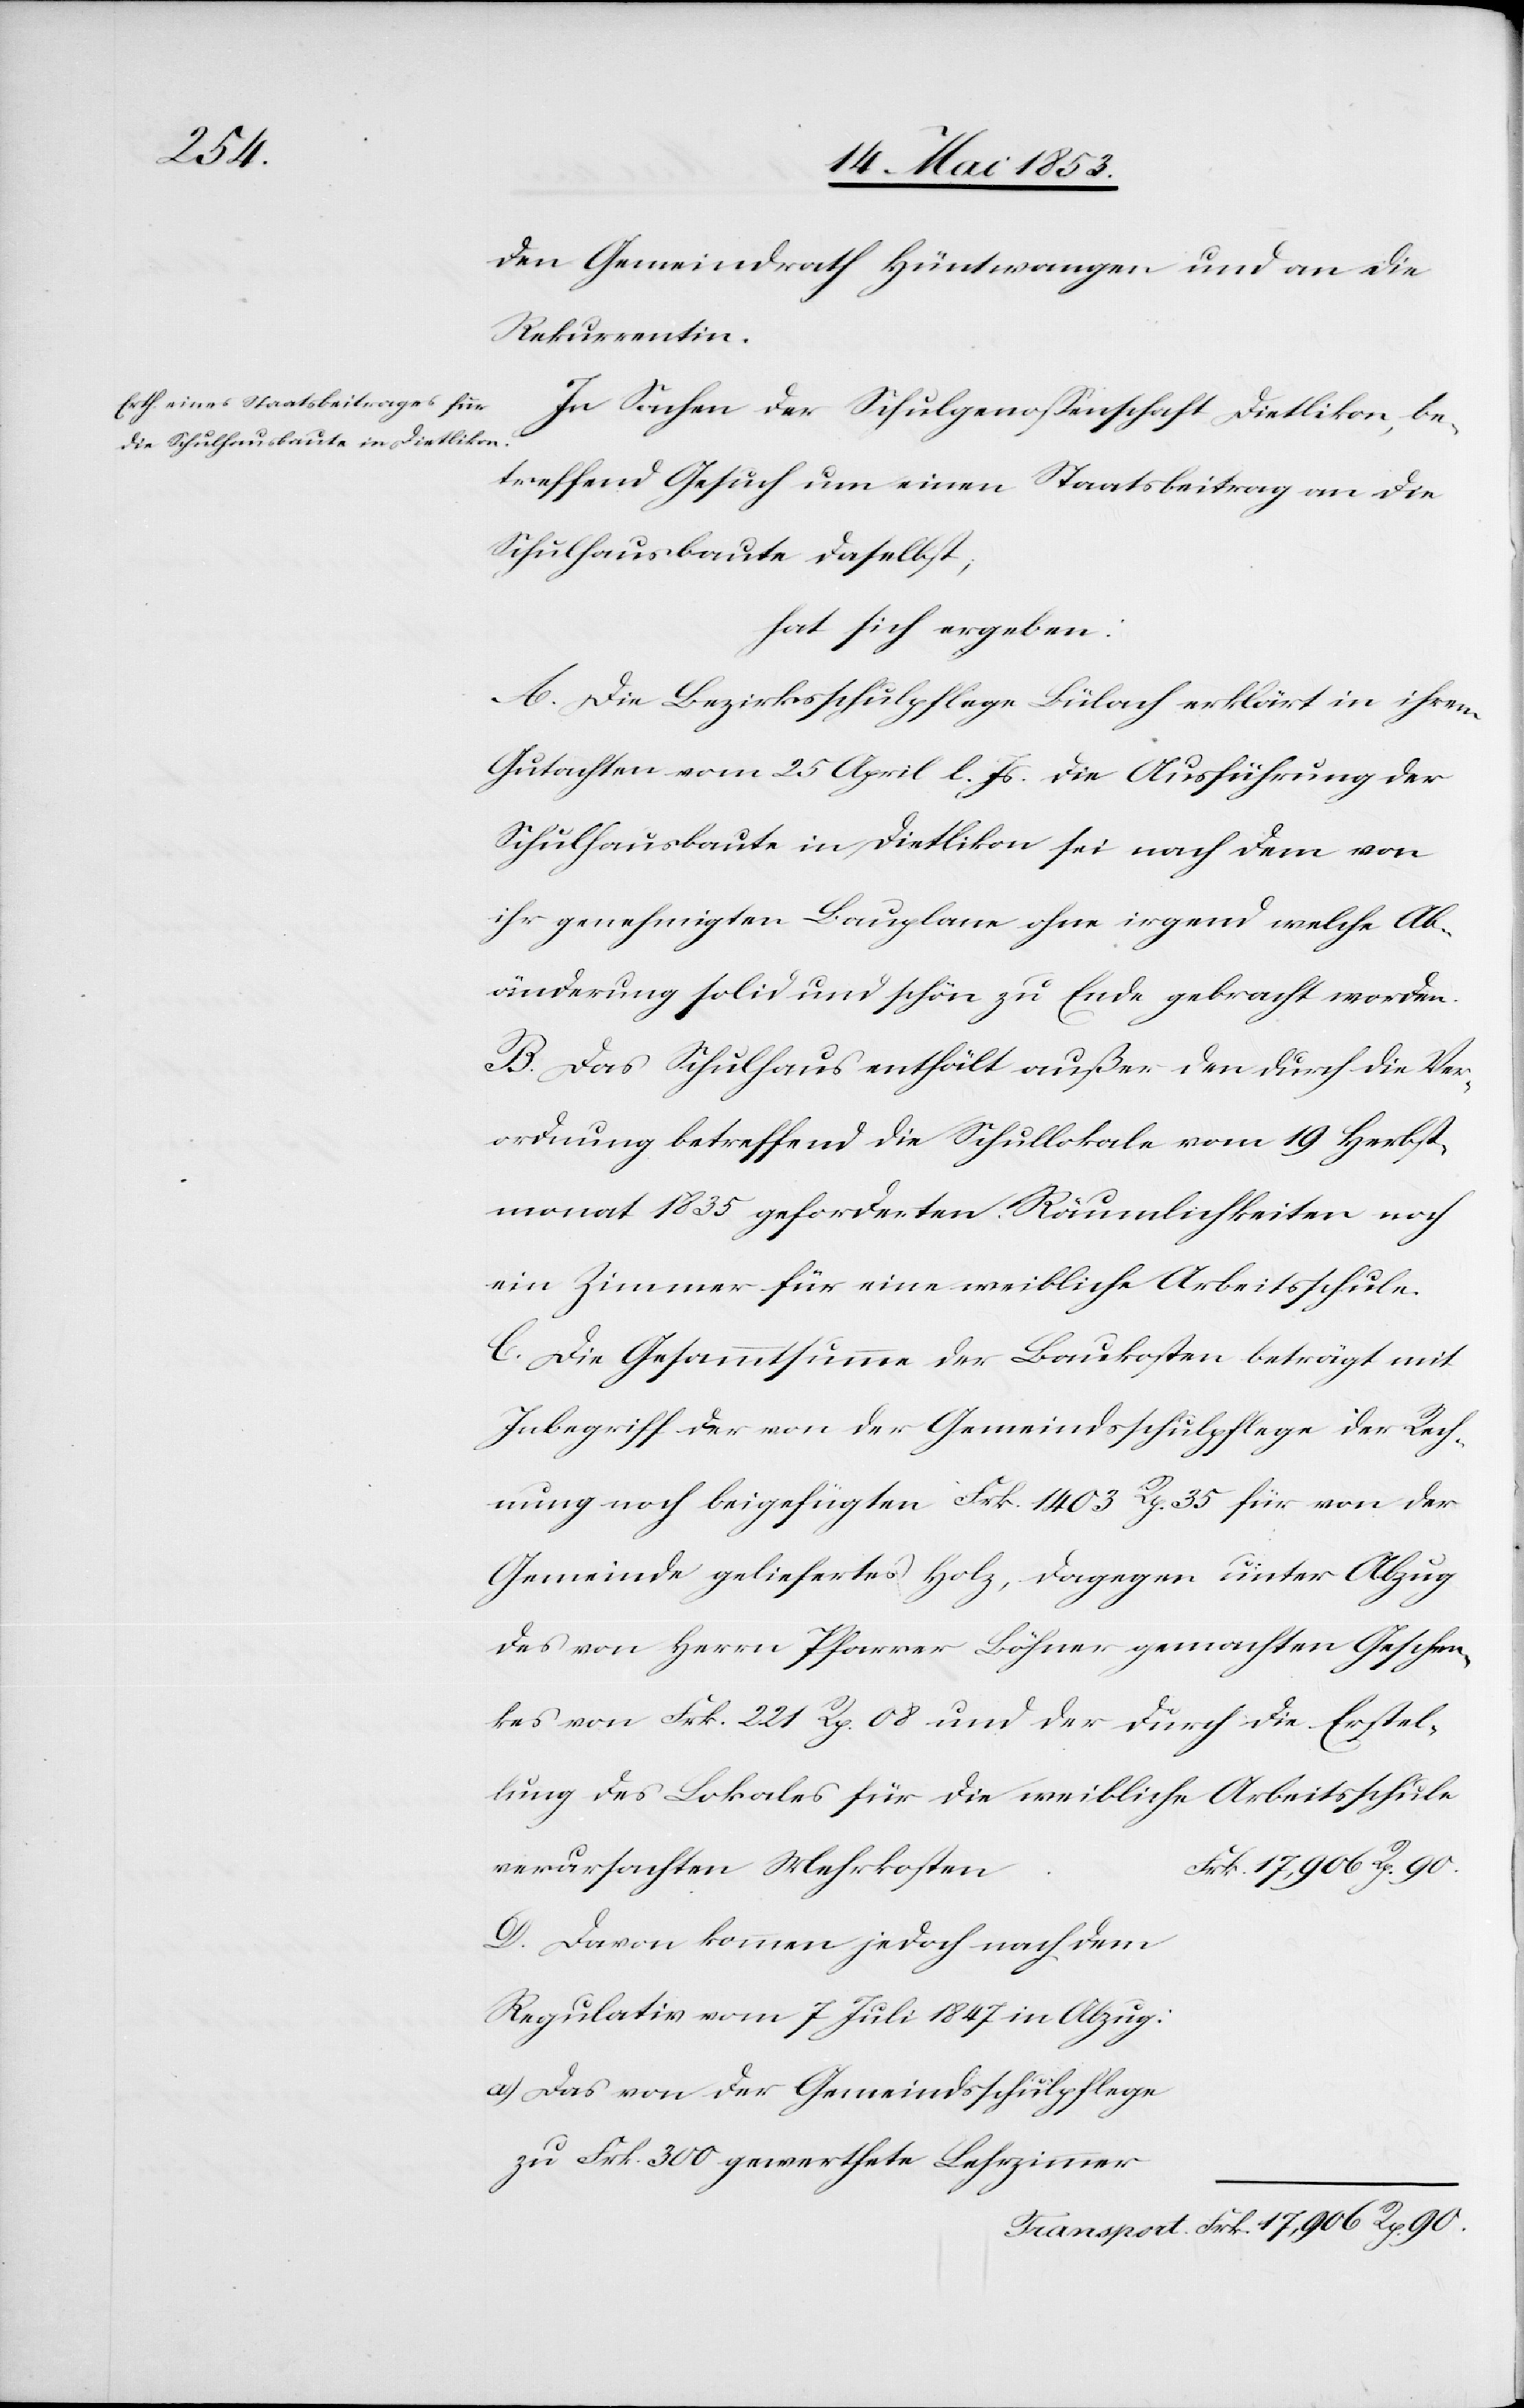
den Gemeindrath Hüntwangen und an die
Rekurrentin.
In Sachen der Schulgenoßenschaft Dietlikon, be¬
treffend Gesuch um einen Staatsbeitrag an die
Schulhausbaute daselbst;
hat sich ergeben:
A. Die Bezirksschulpflege Bülach erklärt in ihrem
Gutachten vom 25 April l. Js. die Ausführung der
Schulhausbaute in Dietlikon sei nach dem von
ihr genehmigten Bauplane ohne irgend welche Ab¬
änderung solid und schön zu Ende gebracht worden.
B. Das Schulhaus enthält außer den durch die Ver¬
ordnung betreffend die Schullokale vom 19 Herbst¬
monat 1835 geforderten Räumlichkeiten noch
ein Zimmer für eine weibliche Arbeitsschule.
C. Die Gesammtsumme der Baukosten beträgt mit
Inbegriff der von der Gemeindschulpflege der Rech¬
nung noch beigefügten Frk. 1403 Rp. 35 für von der
Gemeinde geliefertes Holz, dagegen unter Abzug
des von Herrn Pfarrer Böhner gemachten Geschen¬
kes von Frk. 221 Rp. 08 und der durch die Erstel¬
lung des Lokales für die weibliche Arbeitsschule
verursachten Mehrkoste¬
D. Davon kommen jedoch nach dem
a) das von der Gemeindsschulpflege
n.					Frk. 17,096 Rp. 90.